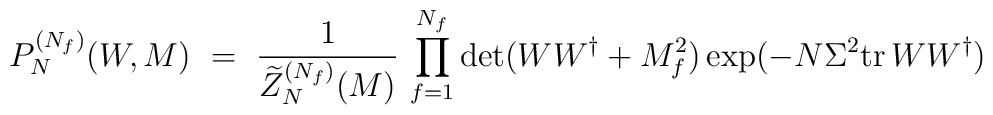
P_N^{(N_f)}(W,M) \ = \ \frac{1}{\widetilde{Z}_N^{(N_f)}(M)} \,                 \prod_{f=1}^{N_f}\det(WW^\dagger+M_f^2)                \exp(-N\Sigma^2{{\rm tr}\,} WW^\dagger)